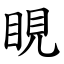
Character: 睍